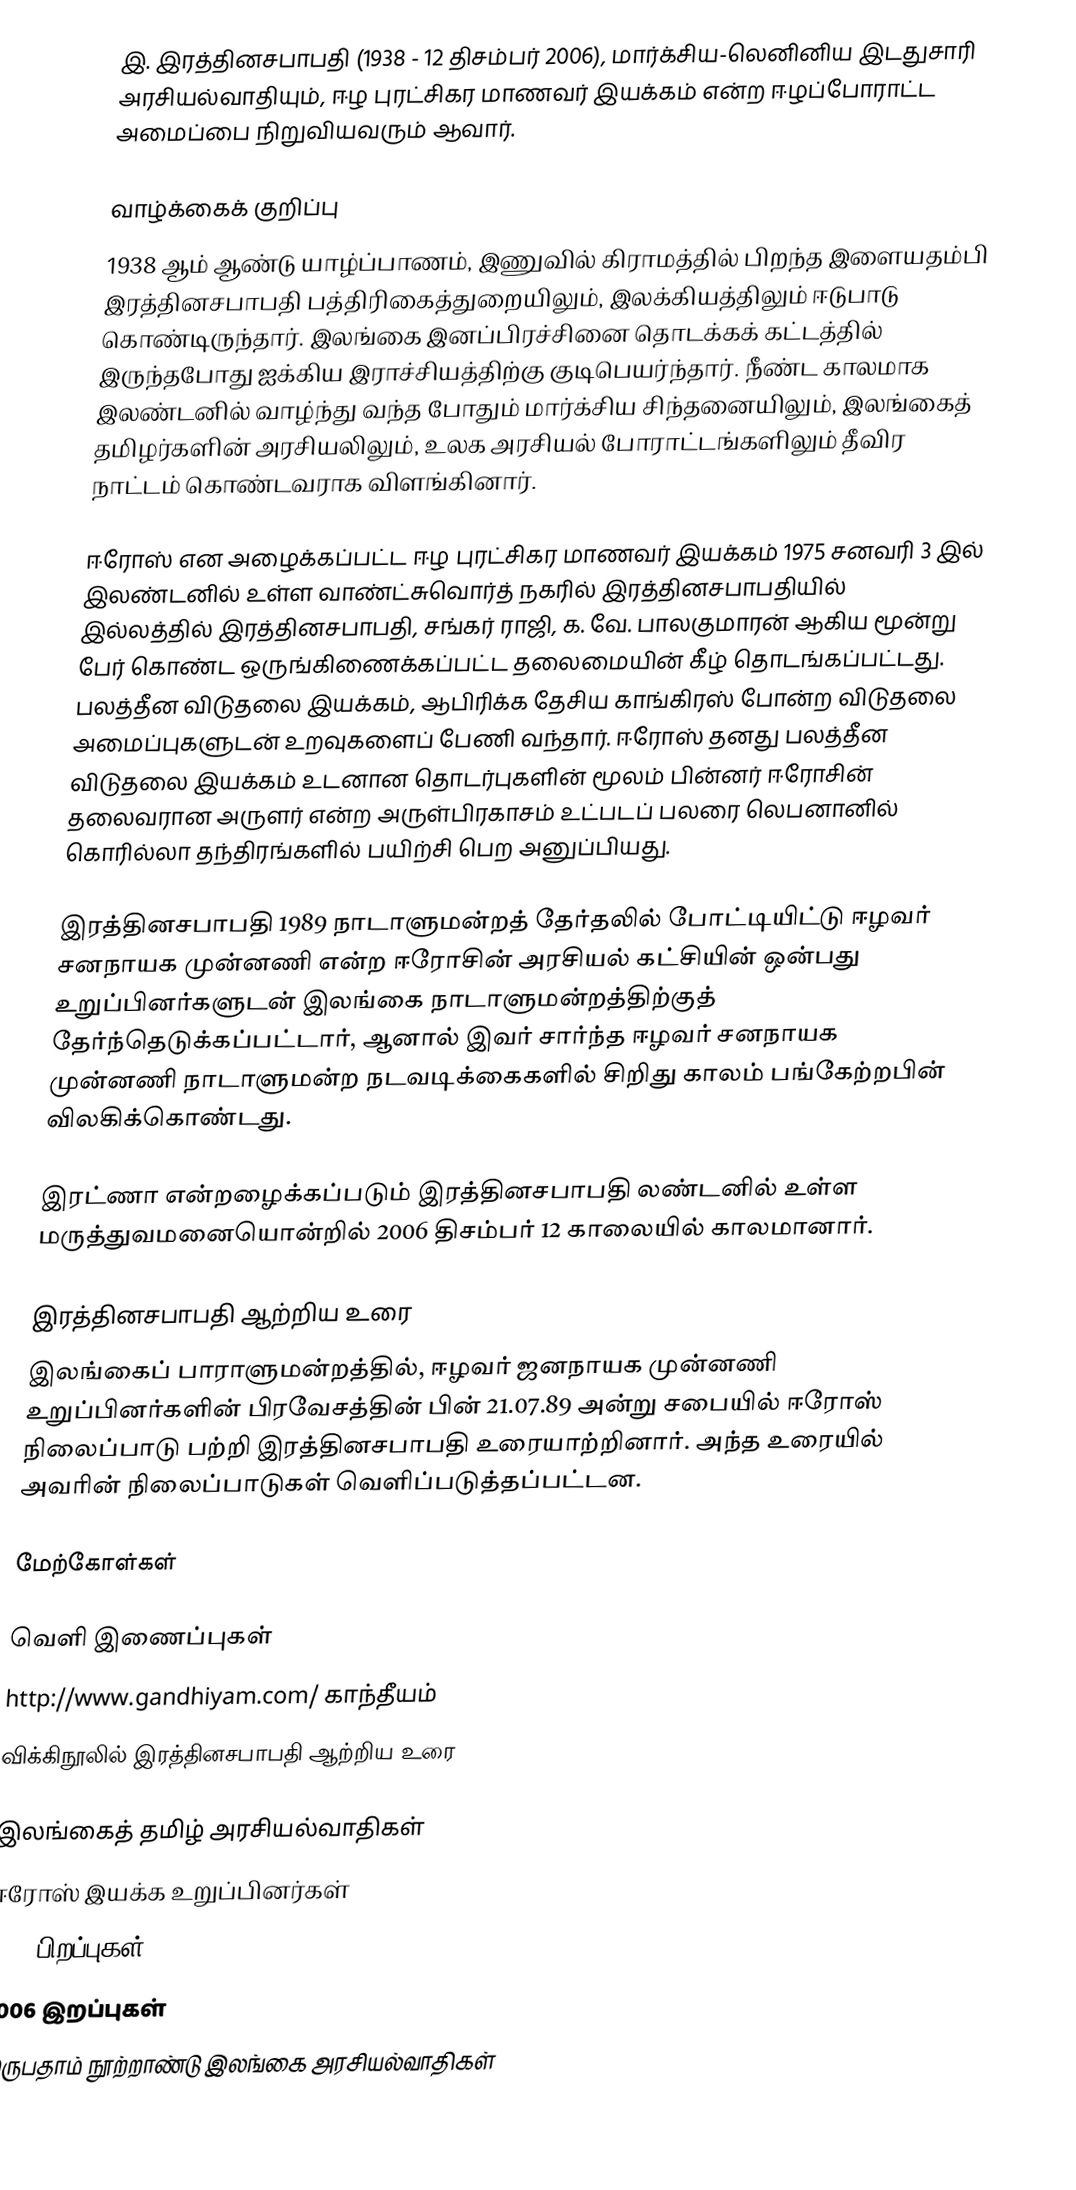
இ. இரத்தினசபாபதி (1938 - 12 திசம்பர் 2006), மார்க்சிய-லெனினிய இடதுசாரி அரசியல்வாதியும், ஈழ புரட்சிகர மாணவர் இயக்கம் என்ற ஈழப்போராட்ட அமைப்பை நிறுவியவரும் ஆவார்.

வாழ்க்கைக் குறிப்பு
1938 ஆம் ஆண்டு யாழ்ப்பாணம், இணுவில் கிராமத்தில் பிறந்த இளையதம்பி இரத்தினசபாபதி பத்திரிகைத்துறையிலும், இலக்கியத்திலும் ஈடுபாடு கொண்டிருந்தார். இலங்கை இனப்பிரச்சினை தொடக்கக் கட்டத்தில் இருந்தபோது ஐக்கிய இராச்சியத்திற்கு குடிபெயர்ந்தார். நீண்ட காலமாக இலண்டனில் வாழ்ந்து வந்த போதும் மார்க்சிய சிந்தனையிலும், இலங்கைத் தமிழர்களின் அரசியலிலும், உலக அரசியல் போராட்டங்களிலும் தீவிர நாட்டம் கொண்டவராக விளங்கினார்.

ஈரோஸ் என அழைக்கப்பட்ட ஈழ புரட்சிகர மாணவர் இயக்கம் 1975 சனவரி 3 இல் இலண்டனில் உள்ள வாண்ட்சுவொர்த் நகரில் இரத்தினசபாபதியில் இல்லத்தில் இரத்தினசபாபதி, சங்கர் ராஜி, க. வே. பாலகுமாரன் ஆகிய மூன்று பேர் கொண்ட ஒருங்கிணைக்கப்பட்ட தலைமையின் கீழ் தொடங்கப்பட்டது. பலத்தீன விடுதலை இயக்கம், ஆபிரிக்க தேசிய காங்கிரஸ் போன்ற விடுதலை அமைப்புகளுடன் உறவுகளைப் பேணி வந்தார். ஈரோஸ் தனது பலத்தீன விடுதலை இயக்கம் உடனான தொடர்புகளின் மூலம் பின்னர் ஈரோசின் தலைவரான அருளர் என்ற அருள்பிரகாசம் உட்படப் பலரை லெபனானில் கொரில்லா தந்திரங்களில் பயிற்சி பெற அனுப்பியது.

இரத்தினசபாபதி 1989 நாடாளுமன்றத் தேர்தலில் போட்டியிட்டு ஈழவர் சனநாயக முன்னணி என்ற ஈரோசின் அரசியல் கட்சியின் ஒன்பது உறுப்பினர்களுடன் இலங்கை நாடாளுமன்றத்திற்குத் தேர்ந்தெடுக்கப்பட்டார், ஆனால் இவர் சார்ந்த ஈழவர் சனநாயக முன்னணி நாடாளுமன்ற நடவடிக்கைகளில் சிறிது காலம் பங்கேற்றபின் விலகிக்கொண்டது.

இரட்ணா என்றழைக்கப்படும் இரத்தினசபாபதி லண்டனில் உள்ள மருத்துவமனையொன்றில் 2006 திசம்பர் 12 காலையில் காலமானார்.

இரத்தினசபாபதி ஆற்றிய உரை
இலங்கைப் பாராளுமன்றத்தில், ஈழவர் ஜனநாயக முன்னணி உறுப்பினர்களின் பிரவேசத்தின் பின் 21.07.89 அன்று சபையில் ஈரோஸ் நிலைப்பாடு பற்றி இரத்தினசபாபதி உரையாற்றினார். அந்த உரையில் அவரின் நிலைப்பாடுகள் வெளிப்படுத்தப்பட்டன.

மேற்கோள்கள்

வெளி இணைப்புகள்
 http://www.gandhiyam.com/  காந்தீயம்
 விக்கிநூலில் இரத்தினசபாபதி ஆற்றிய உரை

இலங்கைத் தமிழ் அரசியல்வாதிகள்
ஈரோஸ் இயக்க உறுப்பினர்கள்
1938 பிறப்புகள்
2006 இறப்புகள்
இருபதாம் நூற்றாண்டு இலங்கை அரசியல்வாதிகள்